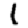
Digit: 1